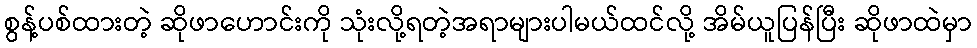
စွန့်ပစ်ထားတဲ့ ဆိုဖာဟောင်းကို သုံးလို့ရတဲ့အရာများပါမယ်ထင်လို့ အိမ်ယူပြန်ပြီး ဆိုဖာထဲမှာ